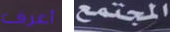
أعرف المجتمع